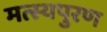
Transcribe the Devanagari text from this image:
मत्स्यपुरण